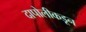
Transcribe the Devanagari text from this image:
दापोलीकडून